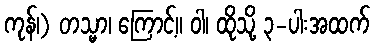
ကုန်၊) တသ္မာ၊ ကြောင့်။ ဝါ၊ ထိုသို့ ၃-ပါးအထက်